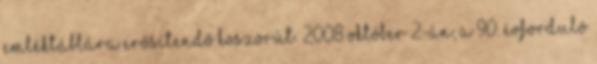
emléktáblára erősítendő koszorút. 2008 október 2-án, a 90. évforduló